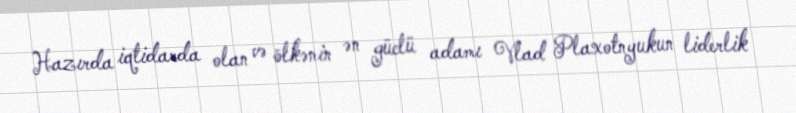
Hazırda iqtidarda olan və ölkənin ən güclü adamı Vlad Plaxotnyukun liderlik